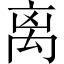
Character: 离